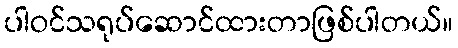
ပါဝင်သရုပ်ဆောင်ထားတာဖြစ်ပါတယ်။